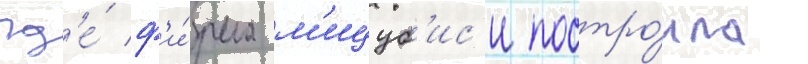
гд'е́ ф'и́рма м'ицуб'ис'и постро́ила